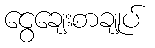
ငွေချေးစာချုပ်